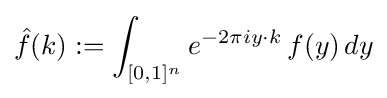
{\hat {f}}(k):=\int _{[0,1]^{n}}e^{-2\pi iy\cdot k}\,f(y)\,dy